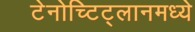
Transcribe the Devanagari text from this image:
टेनोच्टिट्लानमध्ये